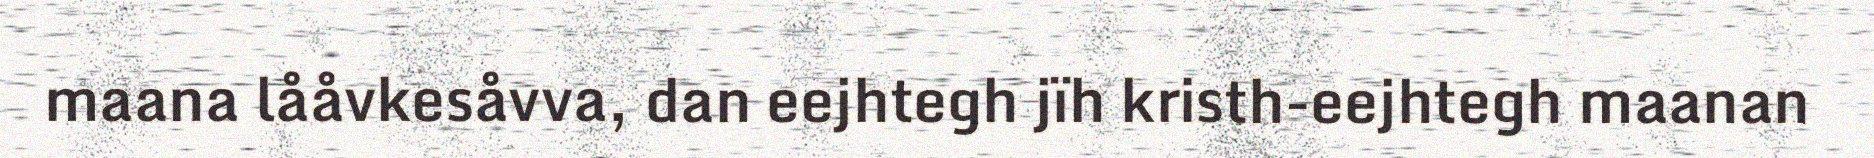
maana lååvkesåvva, dan eejhtegh jïh kristh-eejhtegh maanan